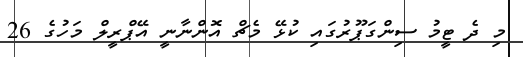
މި ދެ ޓީމު ސިންގަޕޫރުގައި ކުޅޭ މެޗް އޮންނާނީ އޭޕްރީލް މަހުގެ 26